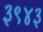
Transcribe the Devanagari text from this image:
३९४३